Triennial report on the lunatic asylums in the province of Eastern Bengal and Assam - 1903-1911
Year: 1903
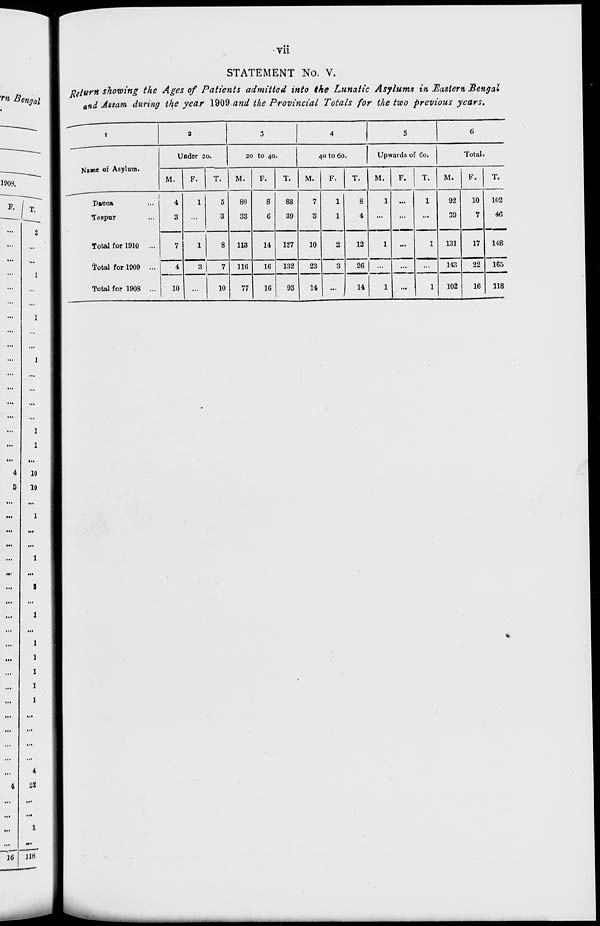
vii
STATEMENT No. V.
Return showing the Ages of Patients admitted into the Lunatic Asylums in Eastern Bengal
and Assam during the year 1909 and the Provincial Totals for the two previous years.
1
Name of Asylum.
Dacca ...
Tezpur ...
Total for 1910 ...
Total for 1909 ...
Total for 1908 ...
2
Under 20.
M.
4
3
7
4
10
F.
1
...
1
3
...
T.
5
3
8
7
10
3
20 to 40.
M.
80
33
113
116
77
F.
8
6
14
16
16
T.
88
39
127
132
93
4
40 to 60.
M.
7
3
10
23
14
F.
1
1
2
3
...
T.
8
4
12
26
14
5
Upwards of 60.
M.
1
...
1
...
1
F.
...
...
...
...
...
T.
1
...
1
...
1
6
Total.
M.
92
39
131
143
102
F.
10
7
17
22
16
T.
102
46
148
165
118